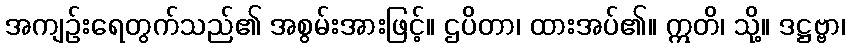
အကျဉ်းရေတွက်သည်၏ အစွမ်းအားဖြင့်။ ဌပိတာ၊ ထားအပ်၏။ ဣတိ၊ သို့။ ဒဋ္ဌဗ္ဗာ၊